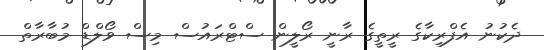
ދެކުނު އެފްރިކާގެ ރީތީގެ ރާނީ ރޯލީން ސްޓްރައުސް މިސް ވޯލްޑް މުބާރާތް